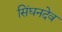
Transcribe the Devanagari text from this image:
सिंघनदेव